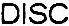
DISC